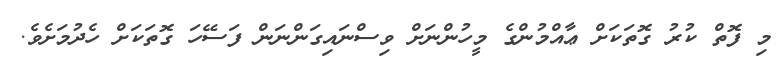
މި ފޮތް ކުރު ގޮތަކަށް ޢާއްމުންގެ މީހުންނަށް ވިސްނައިގަންނަން ފަސޭހަ ގޮތަކަށް ހެދުމަށެވެ.